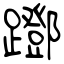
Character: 䠬